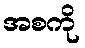
အစကို